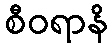
စီဝရာနိ